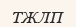
ТЖЛП